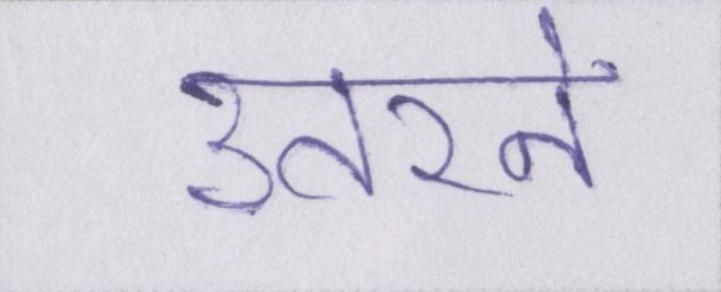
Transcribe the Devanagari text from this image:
उतरने